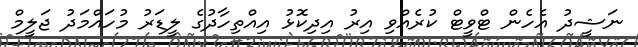
ނަޝީދު އެހެން ޓްވީޓް ކުރެއްވި އިރު އިދިކޮޅު އިއްތިހާދުގެ ލީޑަރު މުހައްމަދު ޖަލީމް